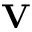
{ \bf V }